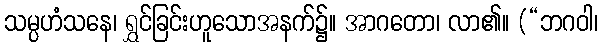
သမ္ပဟံသနေ၊ ရွှင်ခြင်းဟူသောအနက်၌။ အာဂတော၊ လာ၏။ (“ဘဂဝါ၊